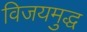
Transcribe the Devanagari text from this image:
विजयमुद्ध